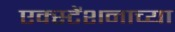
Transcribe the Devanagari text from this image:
एक्स्टेंशनाच्या